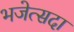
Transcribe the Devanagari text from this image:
भजेत्सदा